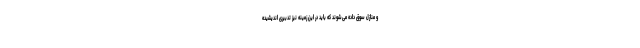
و منازل سوق داده می‌شوند که باید در این زمینه نیز تدبیری اندیشیده